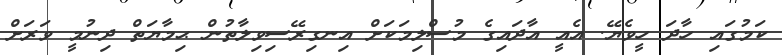
ކަމުގައި ހާދަ ހީވެޔޭ. އެއީ އާދައިގެ މުސްލިމަކަށް އިނގިރޭސިވިލާތުން ޙިމާޔަތް ދިނުމީ ވަރަށް